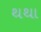
થથા